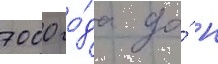
7000 го́да до́ н